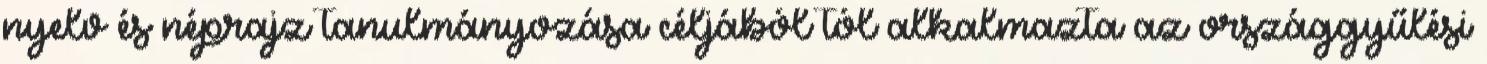
nyelv és néprajz tanulmányozása céljából tól alkalmazta az országgyűlési